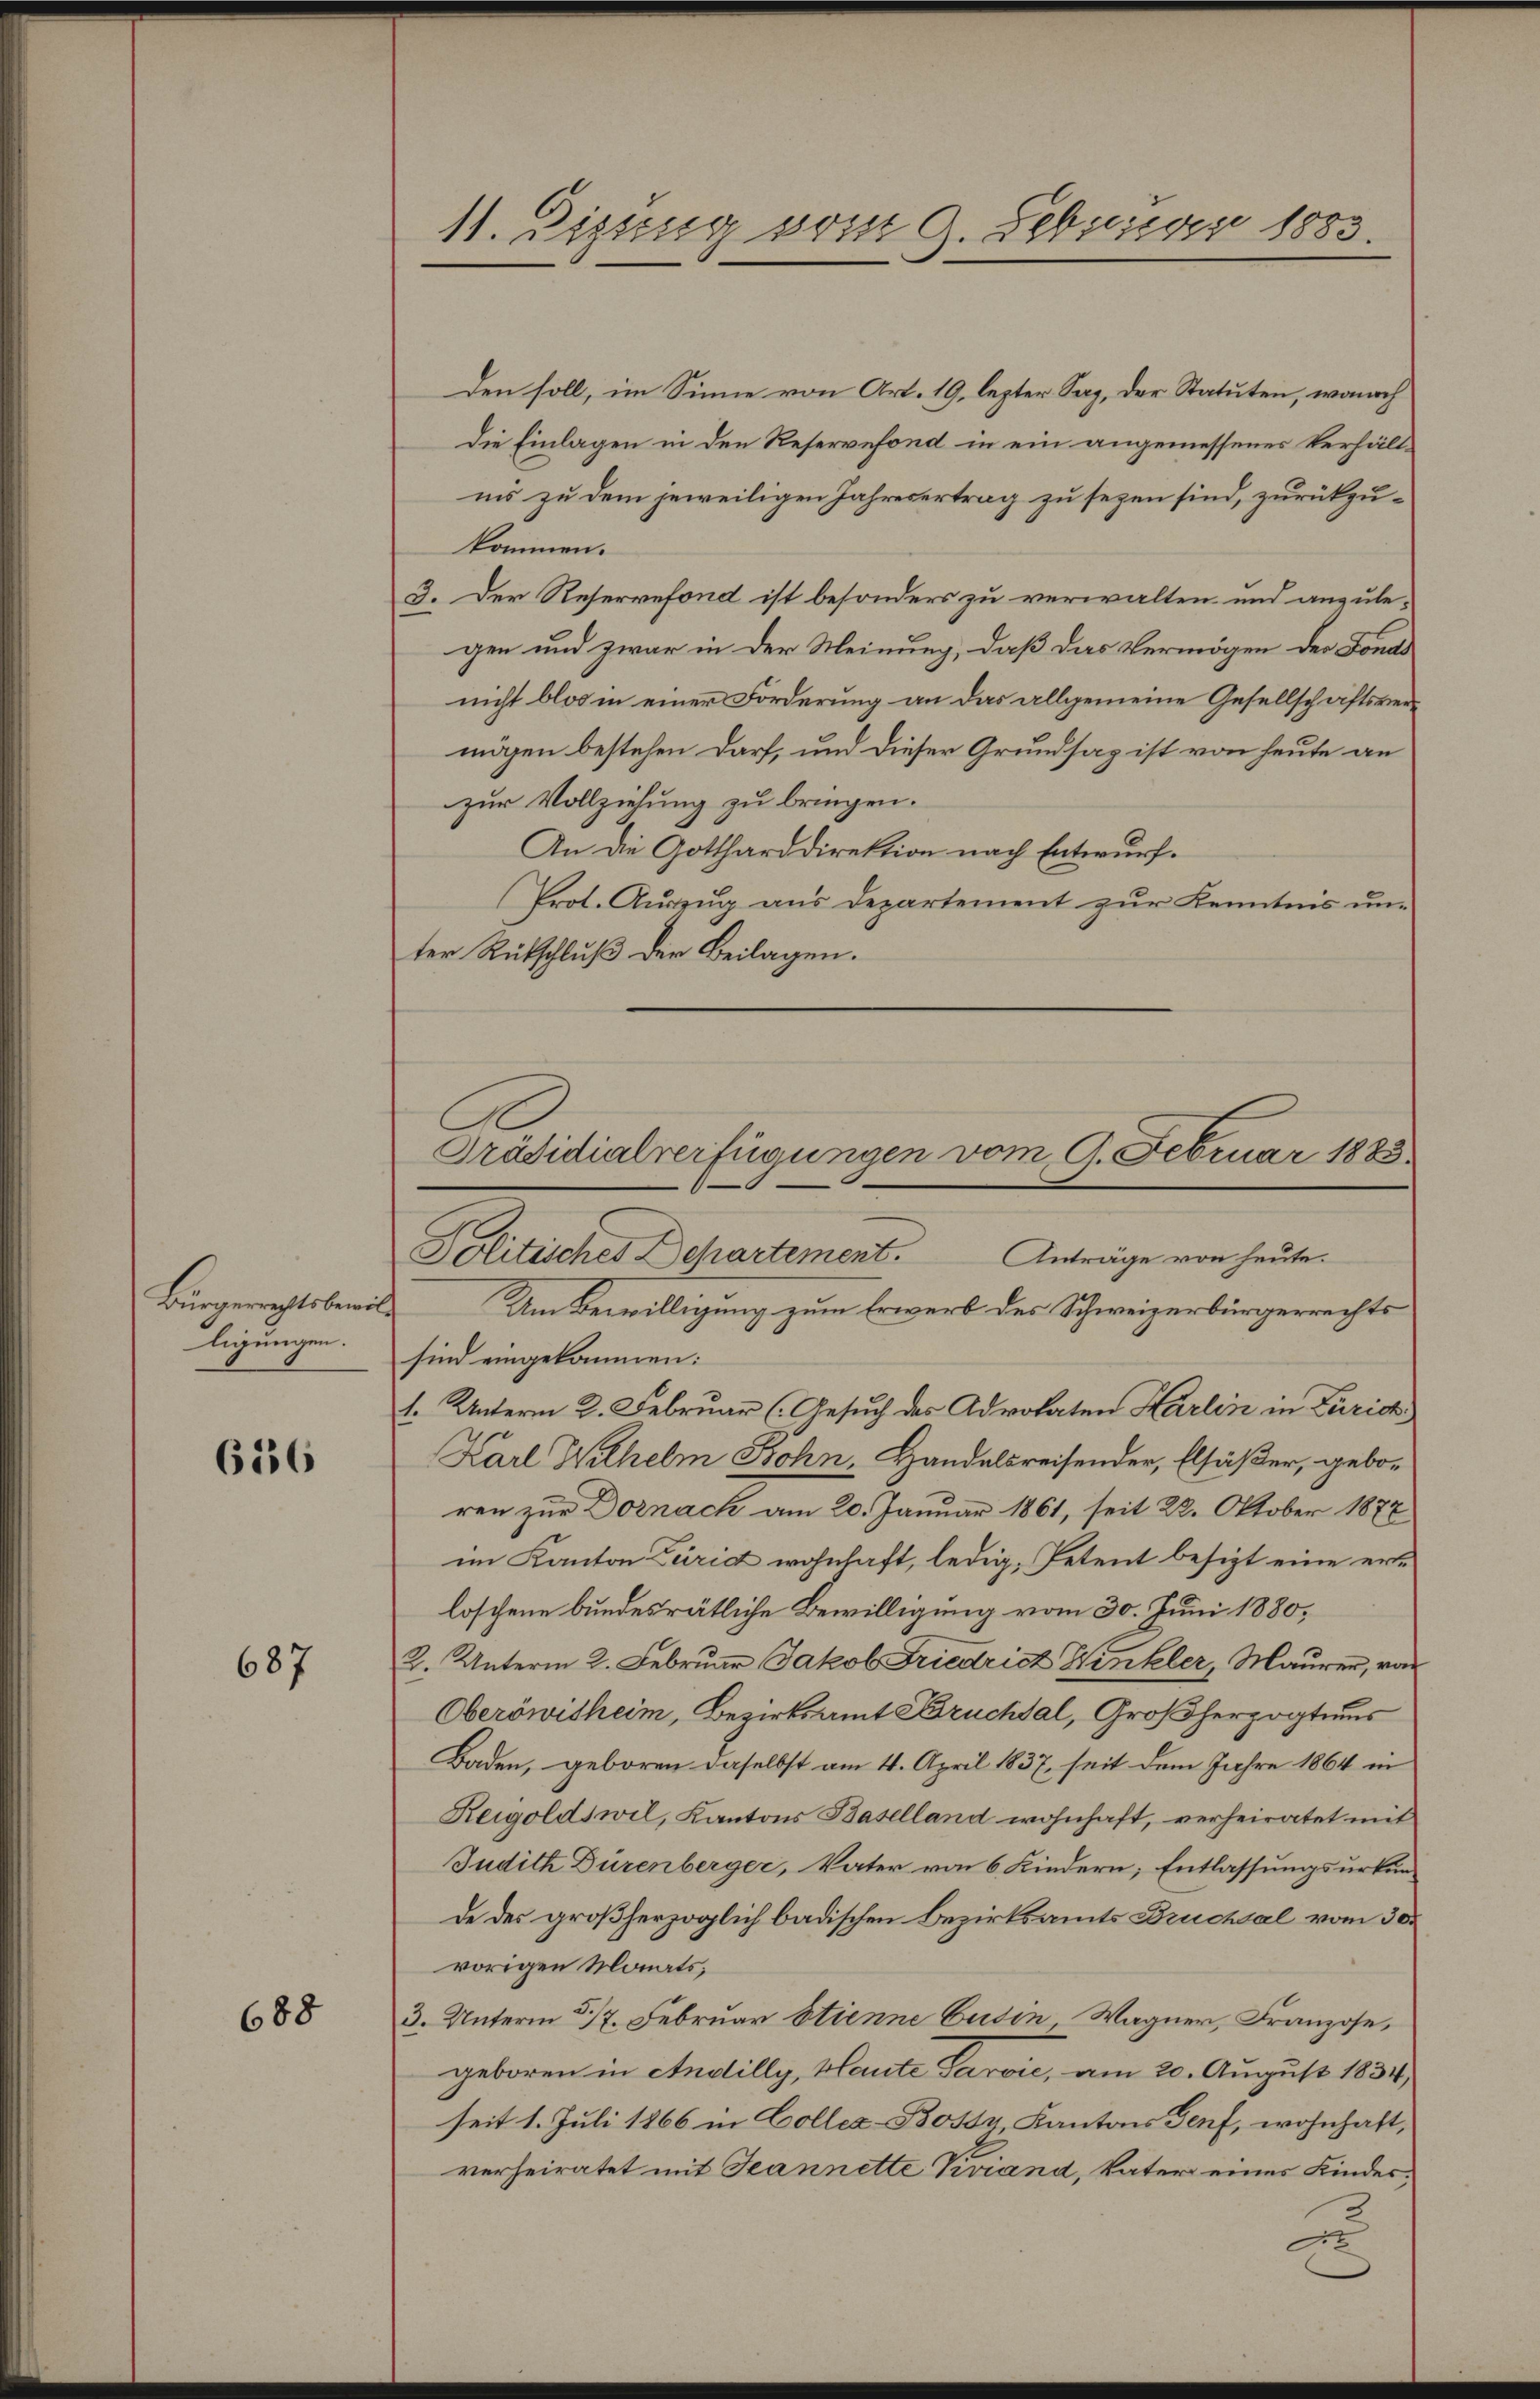
Bürgerrechtsbewil
ligungen.

656

687

688

11. Digung vom 9. Februar 1883.

den soll, im Sinne von Art. 19, lezter Sag, der Statuten, wonach
Die Einlagen in den Reservefond in ein angemessenes Verhältiis zu dem jeweiligen Jahresertrag zu sezen sind, zurückzukommen.
3. Der Reservefond ist besonders zu verwalten und anzulegen und zwar in der Meinung, daß das Vermögen der Fonds
nicht blos in einer Forderung an das allgemeine Gesellschaftsvermögen bestehen darf, und dieser Grundsaz ist von heute an
zur Vollziehung zu bringen.
An die Gottharddirektion nach Entwurf.
Prot. Auszug aus Departement zur Kenntnis unter Rütschluß der Beilagen.
Um Bewilligung zum Erwerb des Schweizerbürgerrechts
sind eingekommen:
t. Unterm 2. Februar (Gesuch des Advokaten Harlin in Zürich
Karl Wilhelm Bohn, Handelsreisender, Elsäßer, geboren zur Dornach am 20. Januar 1861, seit 22. Oktober 1877
im Kanton Zürid wohnhaft, ledig, Petent besizt eine erloschene bundesrätliche Bewilligung vom 30. Juni 1880,
2. Unterm 2. Februar Jakob Friedricht Winkler, Maurer, von
Oberöwitheim, Bezirksamt Bruchsal, Großherzogtaus
Baden, geboren daselbst am 4. April 1837, seit dem Jahre 1864 in
Reigoldswil, Kantons Baselland wohnhaft, verheiratet mit
Judith Dürenberger, Vater von 6 Kindern; Entlassungsurkun-
de des großherzoglich badischen Bezirksamts Bruchsal vom 30.
vorigen Monats;
3. Unterm 5/7. Februar stienne Gutin Wagner, Franzose,
geboren in Andilly, Haute Parvić, am 20. August 1834,
seit 1. Juli 1866 in Coller-Bossy, Kantons Genf, wohnhaft,
verheiratet mit Jeannette Viviand, Vater eines Kindes¬
D

Präsidialverfügungen vom 9. Februar 1883
Politisches Departement.
Anträge von heute.